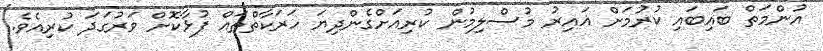
އުންމަތް ބައިބައި ކުރުމަށް ޣައިރު މުސްލިމުން ކުރިއަށްގެންދިޔަ ހަރަކާތްތައް ފުޅާކޮށް ވަރުގަދަ ކުރިއެވެ.